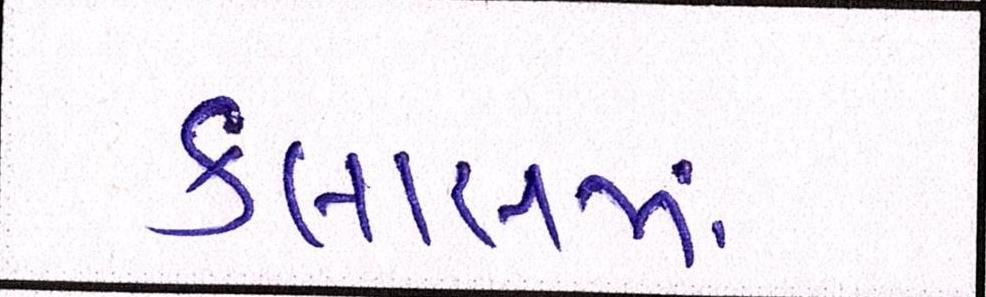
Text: ક્લાસમાં